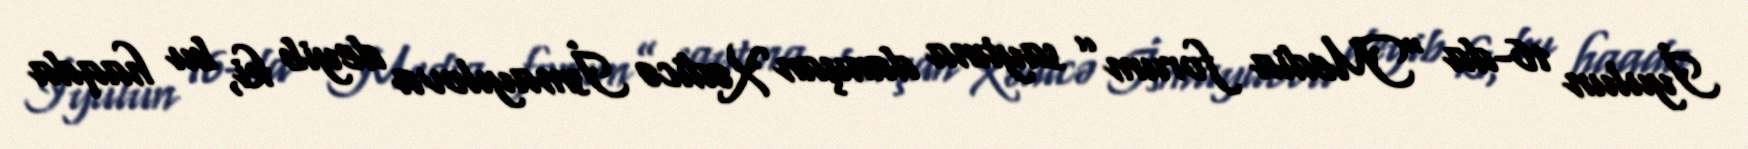
İyulun 16-da “Media forum” saytına danışan Xədicə İsmayılova deyib ki, bu haqda